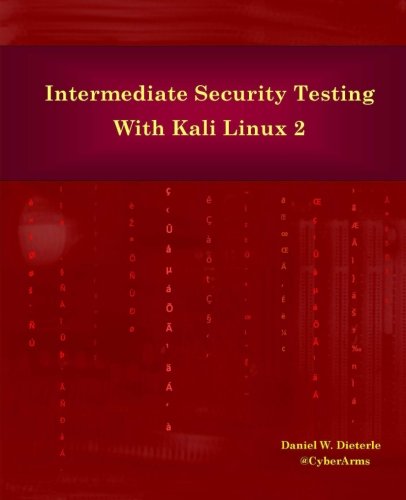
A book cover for Intermediate Security Testing with Kali Linux 2; Daniel W Dieterle; Computers & Technology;